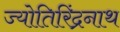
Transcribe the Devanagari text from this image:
ज्योतिरिंद्रनाथ